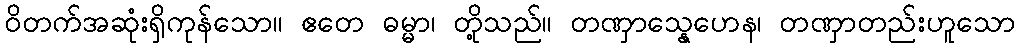
ဝိတက်အဆုံးရှိကုန်သော။ ဧတေ ဓမ္မာ၊ တို့သည်။ တဏှာသ္နေဟေန၊ တဏှာတည်းဟူသော